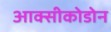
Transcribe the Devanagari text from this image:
आक्सीकोडोन